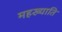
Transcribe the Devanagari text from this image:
महख्याति